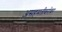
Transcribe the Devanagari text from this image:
असहमतीबरोबर